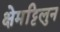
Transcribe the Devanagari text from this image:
क्षेमट्टिलुन